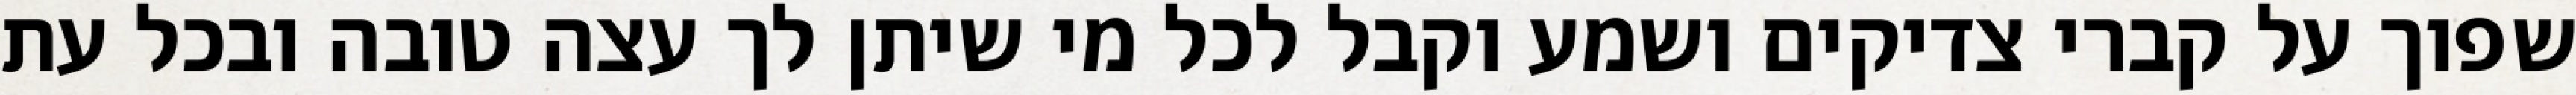
שפוך על קברי צדיקים ושמע וקבל לכל מי שיתן לך עצה טובה ובכל עת